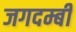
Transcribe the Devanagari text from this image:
जगदम्बी